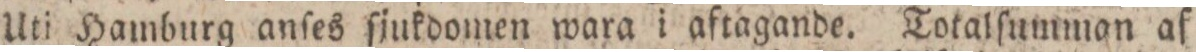
Uti Hamburg anſes ſjukdomen wara i aftagande. Totalſumman af